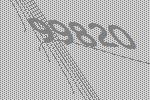
99820